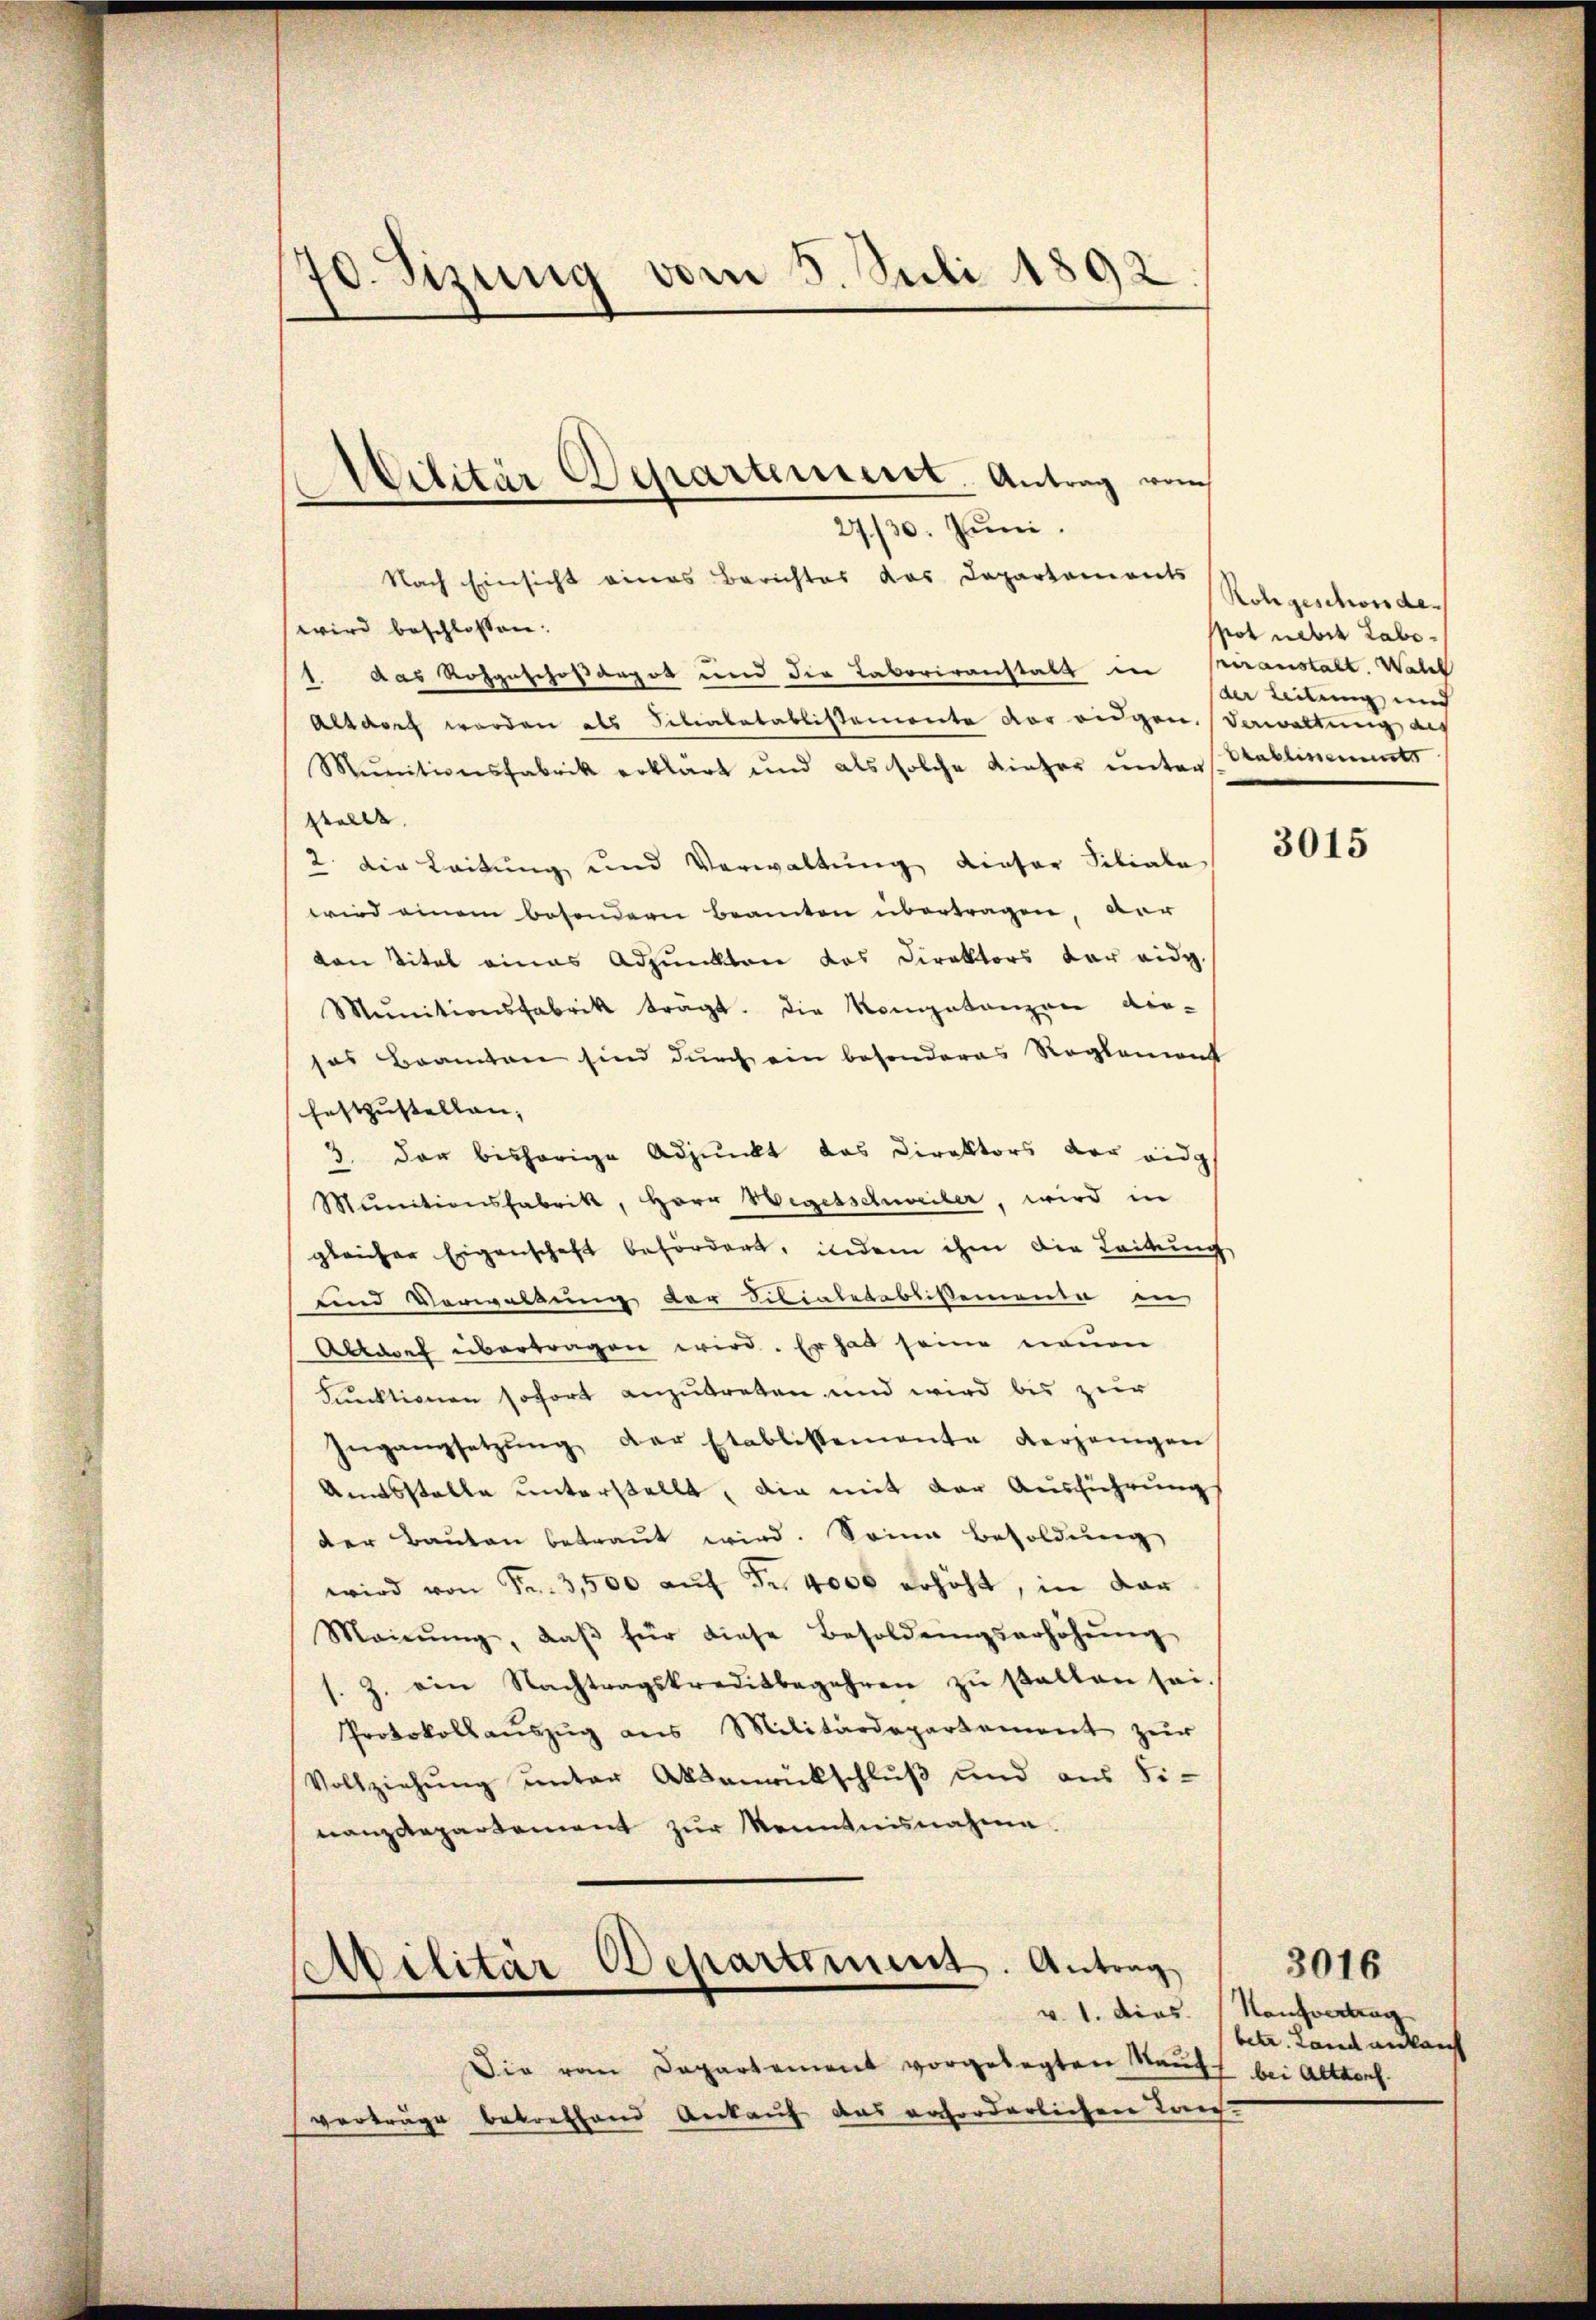
d
70. Sizung vom 3. Juli 1892

Militär Departement. Antrag vom

27/30. Juni.
Nach Einsicht eines Berichtes das Departements
wird beschlossen:
1. das Rohgeschoßargot und der Taboriranstalt in Meranstalt. Wall
Altarret werden als Sitialetablistemente vor eidgen. Verwaltung des
Mŭnitionsfabrik erklärt und als solche Kieser ŭnters Stallisements
stellt. |
2. Die Leitung und Verwaltung dieser Filiale
wird einem besondern Beamten übertragen, ver
von Titel eines Adjunkten das Direktors der eidg.
Mŭnitionsfabrik trägt. Die Kompetanzen die-
sas Beamten sind durch ein besonderes Reglement
festzustellen,
3 der bisherige Adjunkt das Direktors der eidg
Mŭnitionsfabrik, Herr Wegesschweiler, wird in
gleicher Eigenschaft befördert, indem ihm die Leitung
und Verwaldung der Sibialetablissementa in
Allacef übertragen wird. Er hat seine neuen
Funktionen sofort anzutreten und wird bis zur
Ingangsetzŭng der Etablissemente derjenigen
Amtsstelle unterstellt, die mit der Ausführung
der Bauten betraut wird. Seine Besoldung
wird von Fr. 3,500 auf Fr. 4000 erhöht, in dar
Mainŭng, daβ für diese Besoldŭngserhöhŭng
s. Z. ein Nachtragskreditbegehren zŭ satten sei.
Protokollaŭszŭg ans Militärdepartement zur
Vollziehŭng ŭnter Aktenrückschlŭβ und aus Fi-
nanzdepartement zur Kenntnisnahme.
Militär Departement. Antrag
v. 1. dies
Die vom Departement vorgelegten Kauf.
vorträge betreffend Ankauf das erforderlichen Tauf

Rohgeschors de
pot neben Labeder Teilung und

3015

Kaufvertrag
betr. Land anlauf
bei Altdorf.

3016